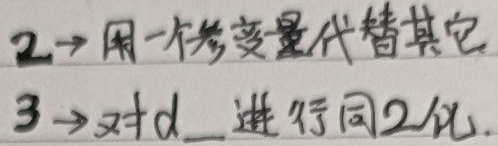
2→用一个参变量代替其它
3→对d\_进行同2化.